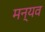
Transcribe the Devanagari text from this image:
मन्यव